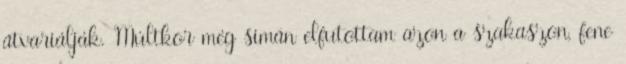
átvariálják. Múltkor még simán elfutottam azon a szakaszon, fene